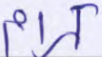
كرام